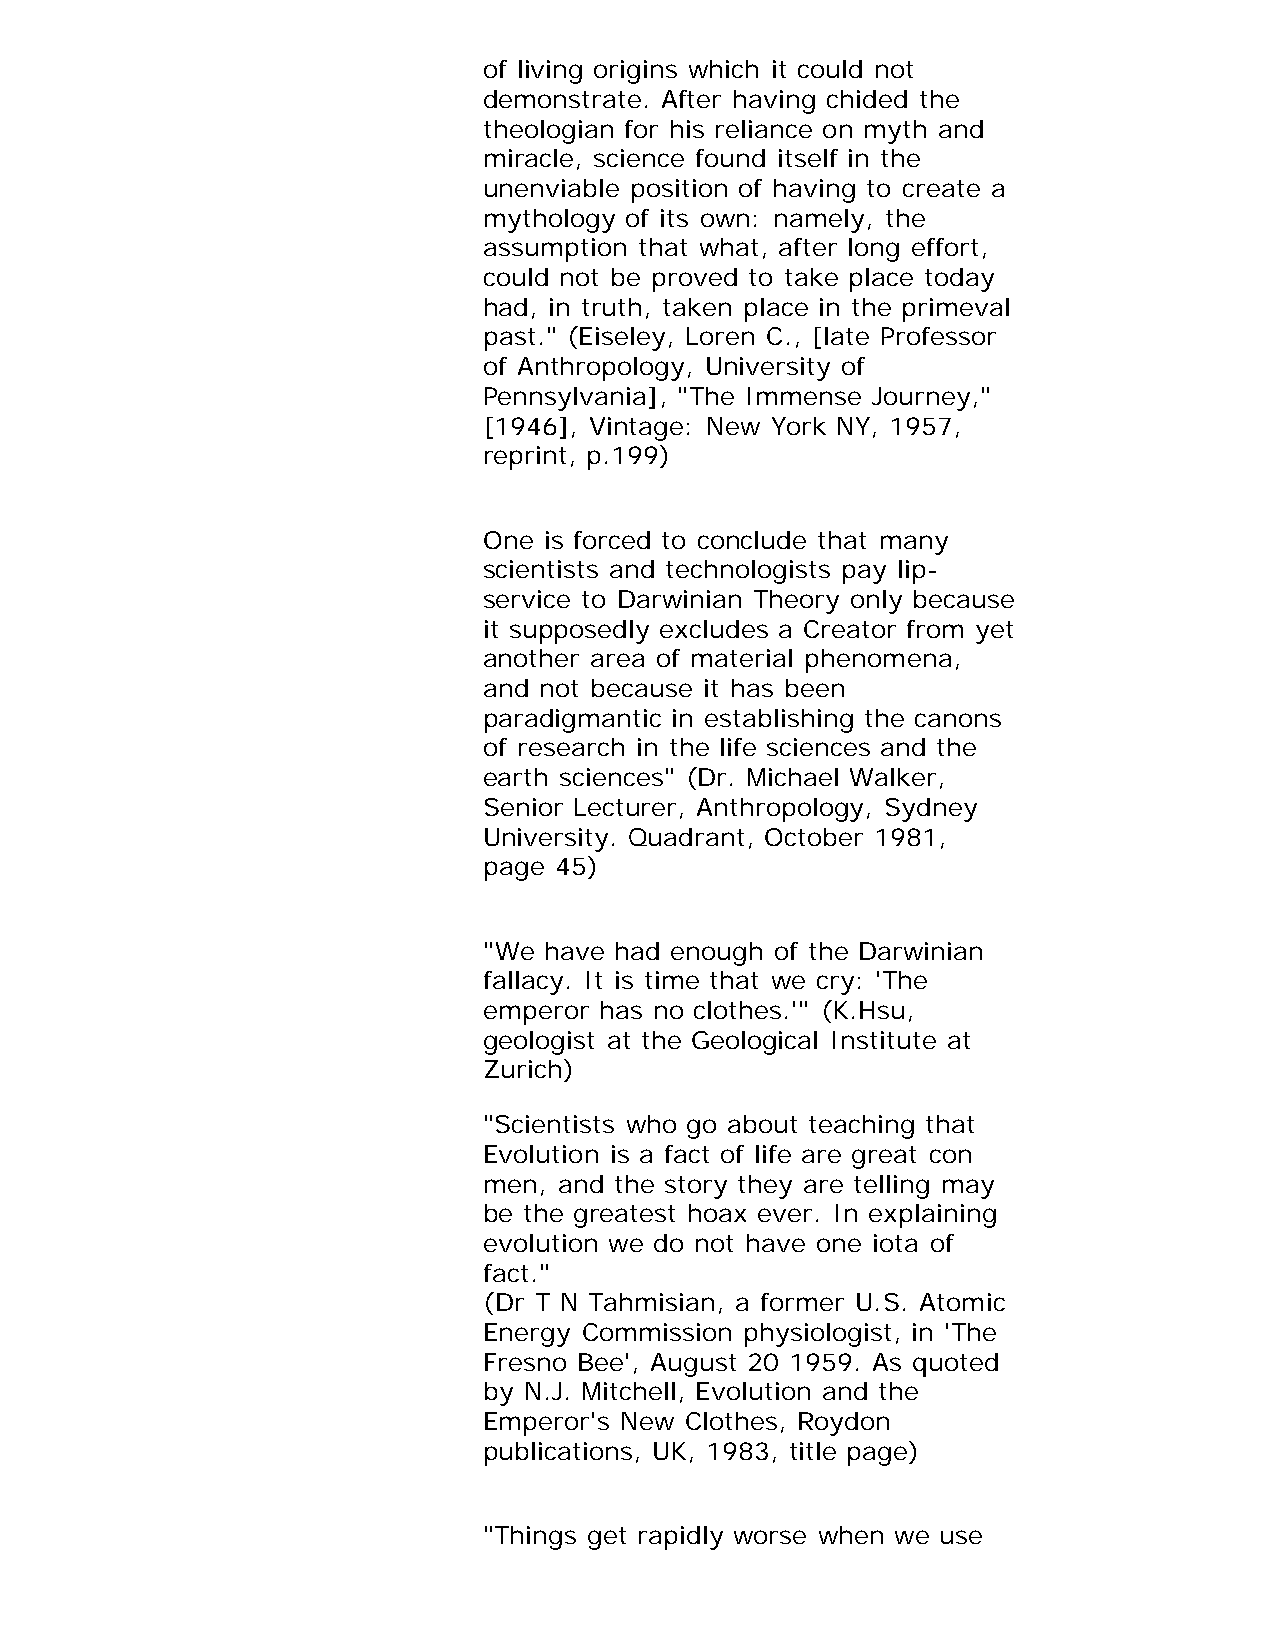
of living origins which it could not
 demonstrate. After having chided the
 theologian for his reliance on myth and
 miracle, science found itself in the
 unenviable position of having to create a
 mythology of its own: namely, the
 assumption that what, after long effort,
 could not be proved to take place today
 had, in truth, taken place in the primeval
 past." (Eiseley, Loren C., [late Professor
 of Anthropology, University of
 Pennsylvania], "The Immense Journey,"
 [1946], Vintage: New York NY, 1957,
 reprint, p.199)
 One is forced to conclude that many
 scientists and technologists pay lip-
 service to Darwinian Theory only because
 it supposedly excludes a Creator from yet
 another area of material phenomena,
 and not because it has been
 paradigmantic in establishing the canons
 of research in the life sciences and the
 earth sciences" (Dr. Michael Walker,
 Senior Lecturer, Anthropology, Sydney
 University. Quadrant, October 1981,
 page 45)
 "We have had enough of the Darwinian
 fallacy. It is time that we cry: 'The
 emperor has no clothes.'" (K.Hsu,
 geologist at the Geological Institute at
 Zurich)
 "Scientists who go about teaching that
 Evolution is a fact of life are great con
 men, and the story they are telling may
 be the greatest hoax ever. In explaining
 evolution we do not have one iota of
 fact."
 (Dr T N Tahmisian, a former U.S. Atomic
 Energy Commission physiologist, in 'The
 Fresno Bee', August 20 1959. As quoted
 by N.J. Mitchell, Evolution and the
 Emperor's New Clothes, Roydon
 publications, UK, 1983, title page)
 "Things get rapidly worse when we use